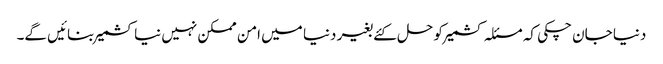
دنیا جان چکی کہ مسئلہ کشمیر کو حل کئے بغیر دنیا میں امن ممکن نہیں نیا کشمیر بنائیں گے۔